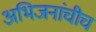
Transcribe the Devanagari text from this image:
अभिजनांचीच